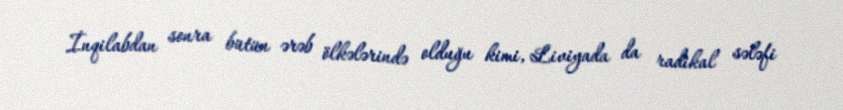
İnqilabdan sonra bütün ərəb ölkələrində olduğu kimi, Liviyada da radikal sələfi